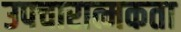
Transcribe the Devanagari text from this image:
उपचारात्मकता